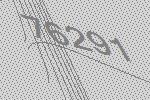
76291